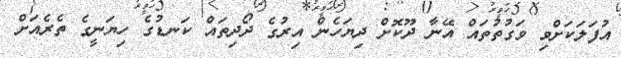
އުފަލަކަށްވި ވަގުތުތައް އޭނާ ދޫކޮށް ދިޔަހެން އިރުގެ ދޯދިތައް ކަނޑުގެ ހިޔަނީގެ ތެރެއަށް